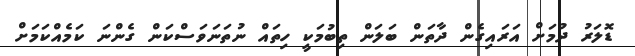
ޑޮލަރު ދުމަށް އަރައިގެން ދާތަން ބަލަން ތިބުމަކީ ހިތައް ނުތަނަވަސްކަން ގެންނަ ކަމެއްކަމަށް